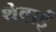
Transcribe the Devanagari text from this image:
थेवाई